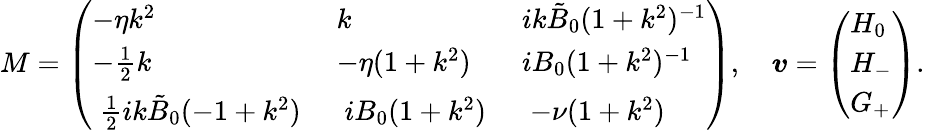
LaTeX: M=\left(\begin{array}{lll}{-\eta k^{2}}&{k}&{ik\tilde{B}_{0}(1+k^{2})^{-1}}\\ {-\frac{1}{2}k}&{-\eta(1+k^{2})}&{iB_{0}(1+k^{2})^{-1}}\\ {\; \frac{1}{2}ik\tilde{B}_{0}(-1+k^{2})\; }&{\; iB_{0}(1+k^{2})\; }&{\; -\nu(1+k^{2})\; }\end{array}\right),\quad\boldsymbol{v}=\left(\begin{array}{l}{H_{0}}\\ {H_{-}}\\ {G_{+}}\end{array}\right).